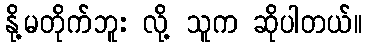
နို့မတိုက်ဘူး လို့ သူက ဆိုပါတယ်။